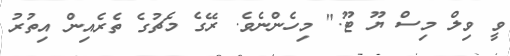
ވީ ވިލް މިސް ޔޫ ޓޫ." މިހެންނެވެ. ރޭގެ މެޗުގެ ތެރެއިން އިތުރު